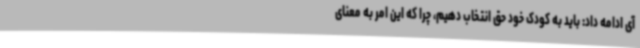
آی ادامه داد: باید به کودک خود حق انتخاب دهیم، چرا که این امر به معنای